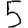
Digit: 5